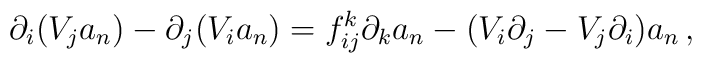
\partial_i(V_j a_{n})-\partial_j(V_i a_{n}) =f^k_{ij}\partial_k a_{n}-(V_i\partial_j-V_j\partial_i)a_{n}\,,